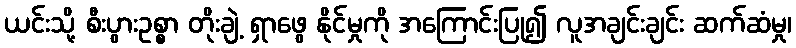
ယင်းသို့ စီးပွားဥစ္စာ တိုးချဲ့ ရှာဖွေ နိုင်မှုကို အကြောင်းပြု၍ လူအချင်းချင်း ဆက်ဆံမှု၊